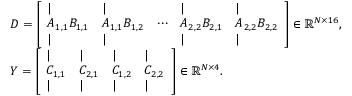
\begin{array} { r l } & { D = \left[ \begin{array} { l l l l l } { | } & { | } & & { | } & { | } \\ { A _ { 1 , 1 } B _ { 1 , 1 } } & { A _ { 1 , 1 } B _ { 1 , 2 } } & { \cdots } & { A _ { 2 , 2 } B _ { 2 , 1 } } & { A _ { 2 , 2 } B _ { 2 , 2 } } \\ { | } & { | } & & { | } & { | } \end{array} \right] \in \mathbb { R } ^ { N \times 1 6 } , } \\ & { Y = \left[ \begin{array} { l l l l } { | } & { | } & { | } & { | } \\ { C _ { 1 , 1 } } & { C _ { 2 , 1 } } & { C _ { 1 , 2 } } & { C _ { 2 , 2 } } \\ { | } & { | } & { | } & { | } \end{array} \right] \in \mathbb { R } ^ { N \times 4 } . } \end{array}